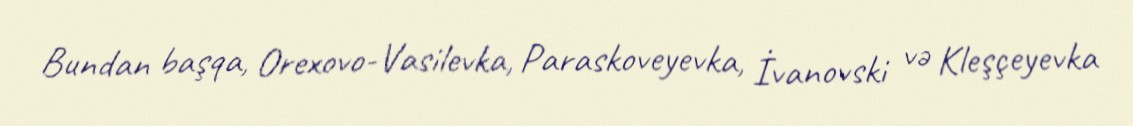
Bundan başqa, Orexovo-Vasilevka, Paraskoveyevka, İvanovski və Kleşçeyevka